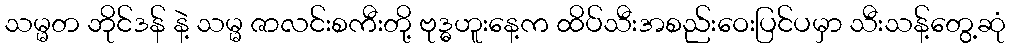
သမ္မတ ဘိုင်ဒန် နဲ့ သမ္မ ဇာလင်းစကီးတို့ ဗုဒ္ဓဟူးနေ့က ထိပ်သီးအစည်းဝေးပြင်ပမှာ သီးသန့်တွေ့ဆုံ